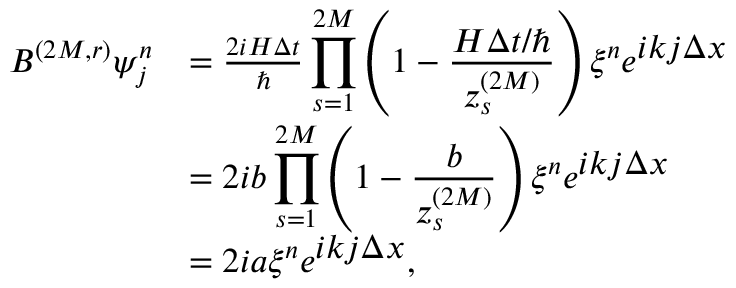
\begin{array} { r l } { B ^ { ( 2 M , r ) } \psi _ { j } ^ { n } } & { = \frac { 2 i H \Delta t } { \hbar } \displaystyle \prod _ { s = 1 } ^ { 2 M } \left( 1 - \frac { H \Delta t / \hbar } { z _ { s } ^ { ( 2 M ) } } \right) \xi ^ { n } e ^ { \textstyle i k j \Delta x } } \\ & { = 2 i b \displaystyle \prod _ { s = 1 } ^ { 2 M } \left( 1 - \frac { b } { z _ { s } ^ { ( 2 M ) } } \right) \xi ^ { n } e ^ { \textstyle i k j \Delta x } } \\ & { = 2 i a \xi ^ { n } e ^ { \textstyle i k j \Delta x } , } \end{array}